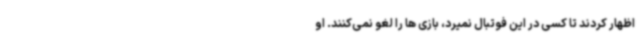
اظهار کردند تا کسی در این فوتبال نمیرد، بازی ها را لغو نمی‌کنند. او